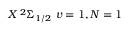
X \, ^ { 2 } \Sigma _ { 1 / 2 } \ v = 1 , N = 1